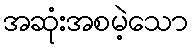
အဆုံးအစမဲ့သော